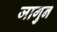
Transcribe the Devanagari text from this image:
जागुन